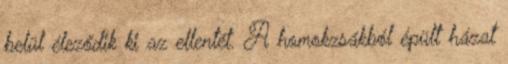
belül éleződik ki az ellentét. A homokzsákból épült házat